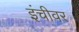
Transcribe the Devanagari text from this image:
इंचीवर